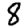
Digit: 8